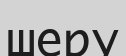
шеру